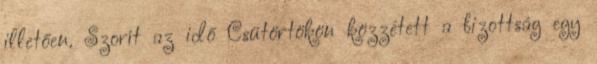
illetően. Szorít az idő Csütörtökön közzétett a bizottság egy